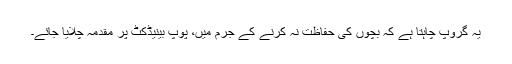
یہ گروپ چاہتا ہے کہ بچوں کی حفاظت نہ کرنے کے جرم میں، پوپ بینیڈکٹ پر مقدمہ چلایا جائے۔